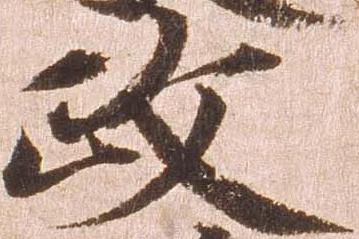
政